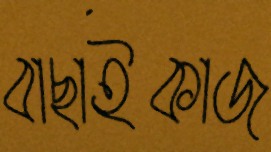
বাছাইকাজ